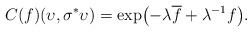
\begin{align*} C(f)(\upsilon,\sigma^{\ast}\upsilon)=\exp\bigl( -\lambda \overline{f}+\lambda^{-1}f \bigr).\end{align*}